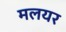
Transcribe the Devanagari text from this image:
मलयर